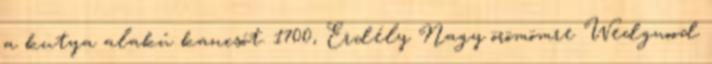
a kutya alakú kancsót. 1700, Erdély Nagy örömömre Wedgwood